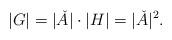
LaTeX: \begin{align*}|G|=|\check{A}|\cdot |H|=|\check{A}|^2.\end{align*}